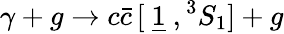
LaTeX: \gamma+g\to c\bar{c}\, [\mathrm{~\underline{{{1}}}~},{}^{3}S_{1}]+g